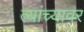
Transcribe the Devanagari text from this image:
त्यांच्यावर